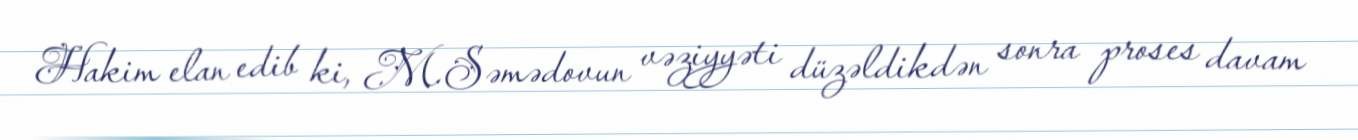
Hakim elan edib ki, M.Səmədovun vəziyyəti düzəldikdən sonra proses davam